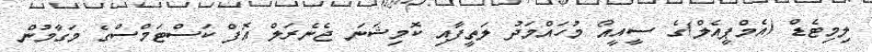
ލިމިޓެޑް (އެމްޕީއެލް)ގެ ސީއީއޯ މުހައްމަދު ލަތީފާއި ކޮމިޝަނަ ޖެނެރަލް އޮފް ކަސްޓަމްސްގެ މަގާމުން